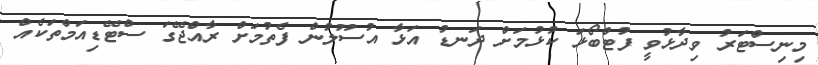
މިނިސްޓަރު ވިދާޅުވީ ފުޓްބޯޅަ ކުޅުމަށް ދަނޑު އަޅާ އުސޫލުން ފެތުމަށް ރާއްޖޭގަ ސްޓޭޑިއަމްތަކެއް